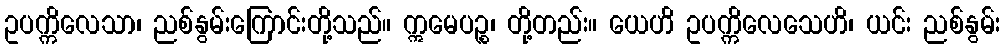
ဥပက္ကိလေသာ၊ ညစ်နွမ်းကြောင်းတို့သည်။ ဣမေပဉ္စ၊ တို့တည်း။ ယေဟိ ဥပက္ကိလေသေဟိ၊ ယင်း ညစ်နွမ်း